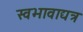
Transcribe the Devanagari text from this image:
स्वभावाद्यत्र